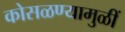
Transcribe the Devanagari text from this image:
कोसळण्यामुळीं